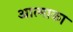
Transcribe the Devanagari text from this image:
आत्माका